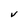
Character: V